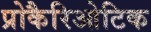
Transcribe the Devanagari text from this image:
प्रोकैरिओटिक